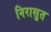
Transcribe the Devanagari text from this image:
निरासुत